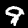
Digit: 9